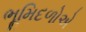
ભૂમિદળોએ